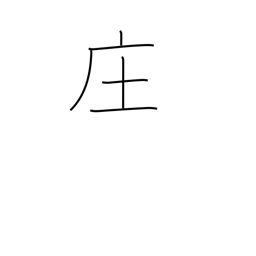
Meaning: village